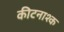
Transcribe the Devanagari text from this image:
कीटनाश्क